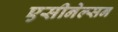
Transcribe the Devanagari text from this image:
एसीनेल्सन